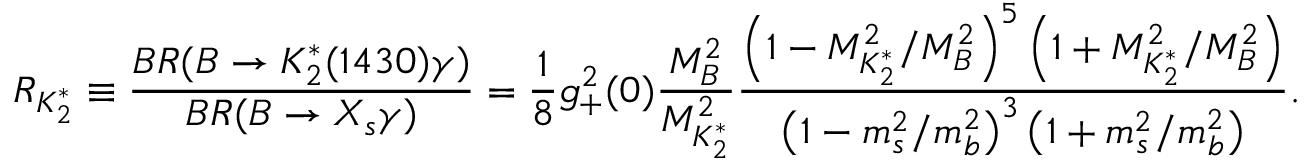
R _ { K _ { 2 } ^ { * } } \equiv \frac { B R ( B \to K _ { 2 } ^ { * } ( 1 4 3 0 ) \gamma ) } { B R ( B \to X _ { s } \gamma ) } = \frac 1 8 g _ { + } ^ { 2 } ( 0 ) \frac { M _ { B } ^ { 2 } } { M _ { K _ { 2 } ^ { * } } ^ { 2 } } \frac { \left( 1 - { M _ { K _ { 2 } ^ { * } } ^ { 2 } } / { M _ { B } ^ { 2 } } \right) ^ { 5 } \left( 1 + { M _ { K _ { 2 } ^ { * } } ^ { 2 } } / { M _ { B } ^ { 2 } } \right) } { \left( 1 - { m _ { s } ^ { 2 } } / { m _ { b } ^ { 2 } } \right) ^ { 3 } \left( 1 + { m _ { s } ^ { 2 } } / { m _ { b } ^ { 2 } } \right) } .